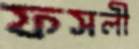
ফসলী